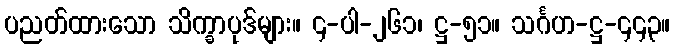
ပညတ်ထားသော သိက္ခာပုဒ်များ။ ၄-ပါ-၂၆၁၊ ဋ္ဌ-၅၁။ သင်္ဂဟ-ဋ္ဌ-၄၄၃။